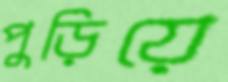
পুড়িয়ে